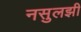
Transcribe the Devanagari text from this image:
नसुलझी